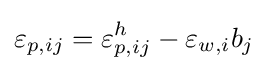
\varepsilon _{p,ij}=\varepsilon _{p,ij}^{h}-\varepsilon _{w,i}b_{j}